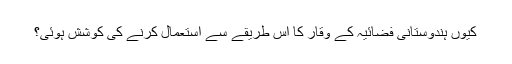
کیوں ہندوستانی فضائیہ کے وقار کا اس طریقے سے استعمال کرنے کی کوشش ہوئی؟